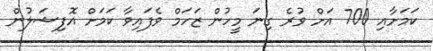
ކަމަށާއި 700 އަށް ވުރެ ގިނަ މީހުން ޒަހަމް ވެފައިވާ ކަމަށް އޮފިޝަލުން